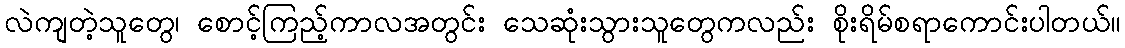
လဲကျတဲ့သူတွေ၊ စောင့်ကြည့်ကာလအတွင်း သေဆုံးသွားသူတွေကလည်း စိုးရိမ်စရာကောင်းပါတယ်။